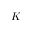
K